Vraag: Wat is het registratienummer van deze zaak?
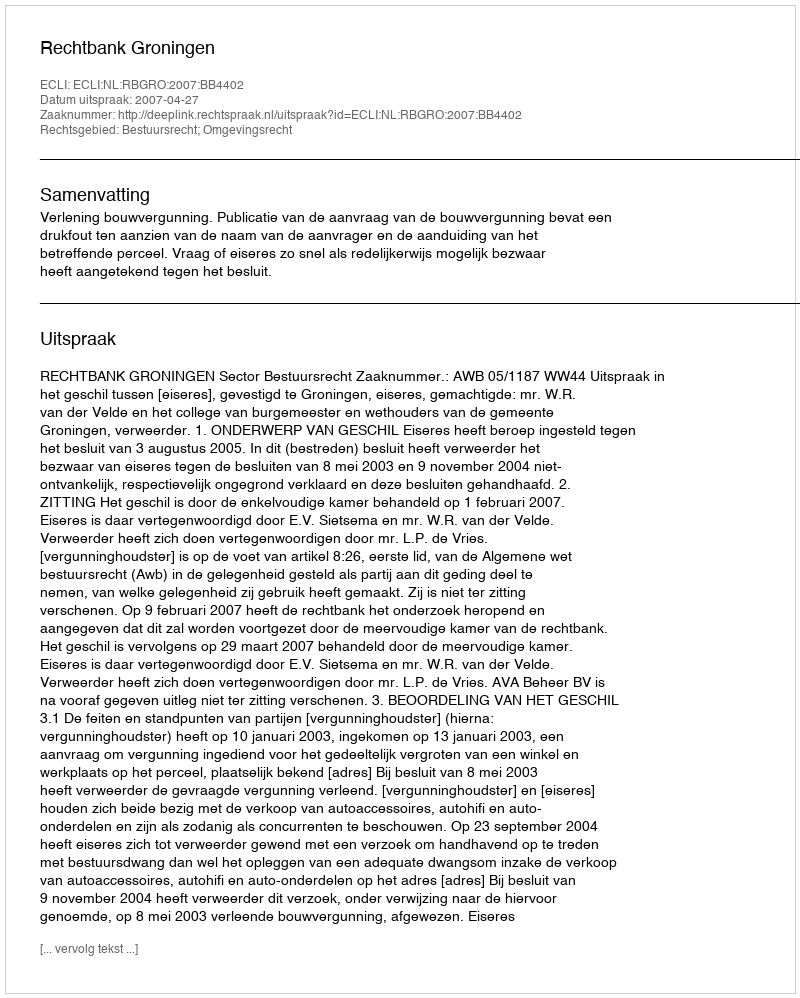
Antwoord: http://deeplink.rechtspraak.nl/uitspraak?id=ECLI:NL:RBGRO:2007:BB4402